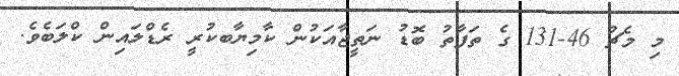
މި މެޗު 46-131 ގެ ތަފާތު ބޮޑު ނަތީޖާއަކުން ކާމިޔާބކުރީ ރެޑްލައިން ކްލަބެވެ.